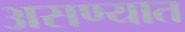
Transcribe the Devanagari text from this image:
असण्यात